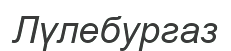
Лүлебургаз